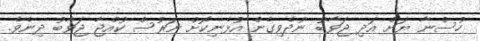
ހުސްނާ ޔަށް އަދި ޖަވާބު ނުދެވިގެން އުޅެނިކޮށް ނަރުސް ކުއްޖާ ޖަވާބު ދިނެވެ.